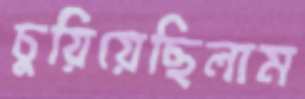
চুয়িয়েছিলাম